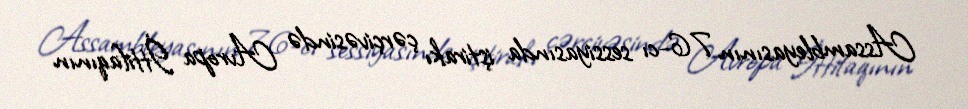
Assambleyasının 76-cı sessiyasında iştirakı çərçivəsində Avropa İttifaqının